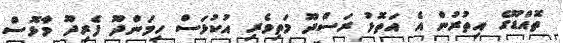
ތޮއްޑޫގެ އިތުރުން އެ އަތޮޅު ރަސްދޫ މަތިވެރި އުކުޅަސް ހިމަންދޫ ފެރިދޫ މާޅޮސް